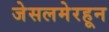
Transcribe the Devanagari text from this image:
जेसलमेरहून